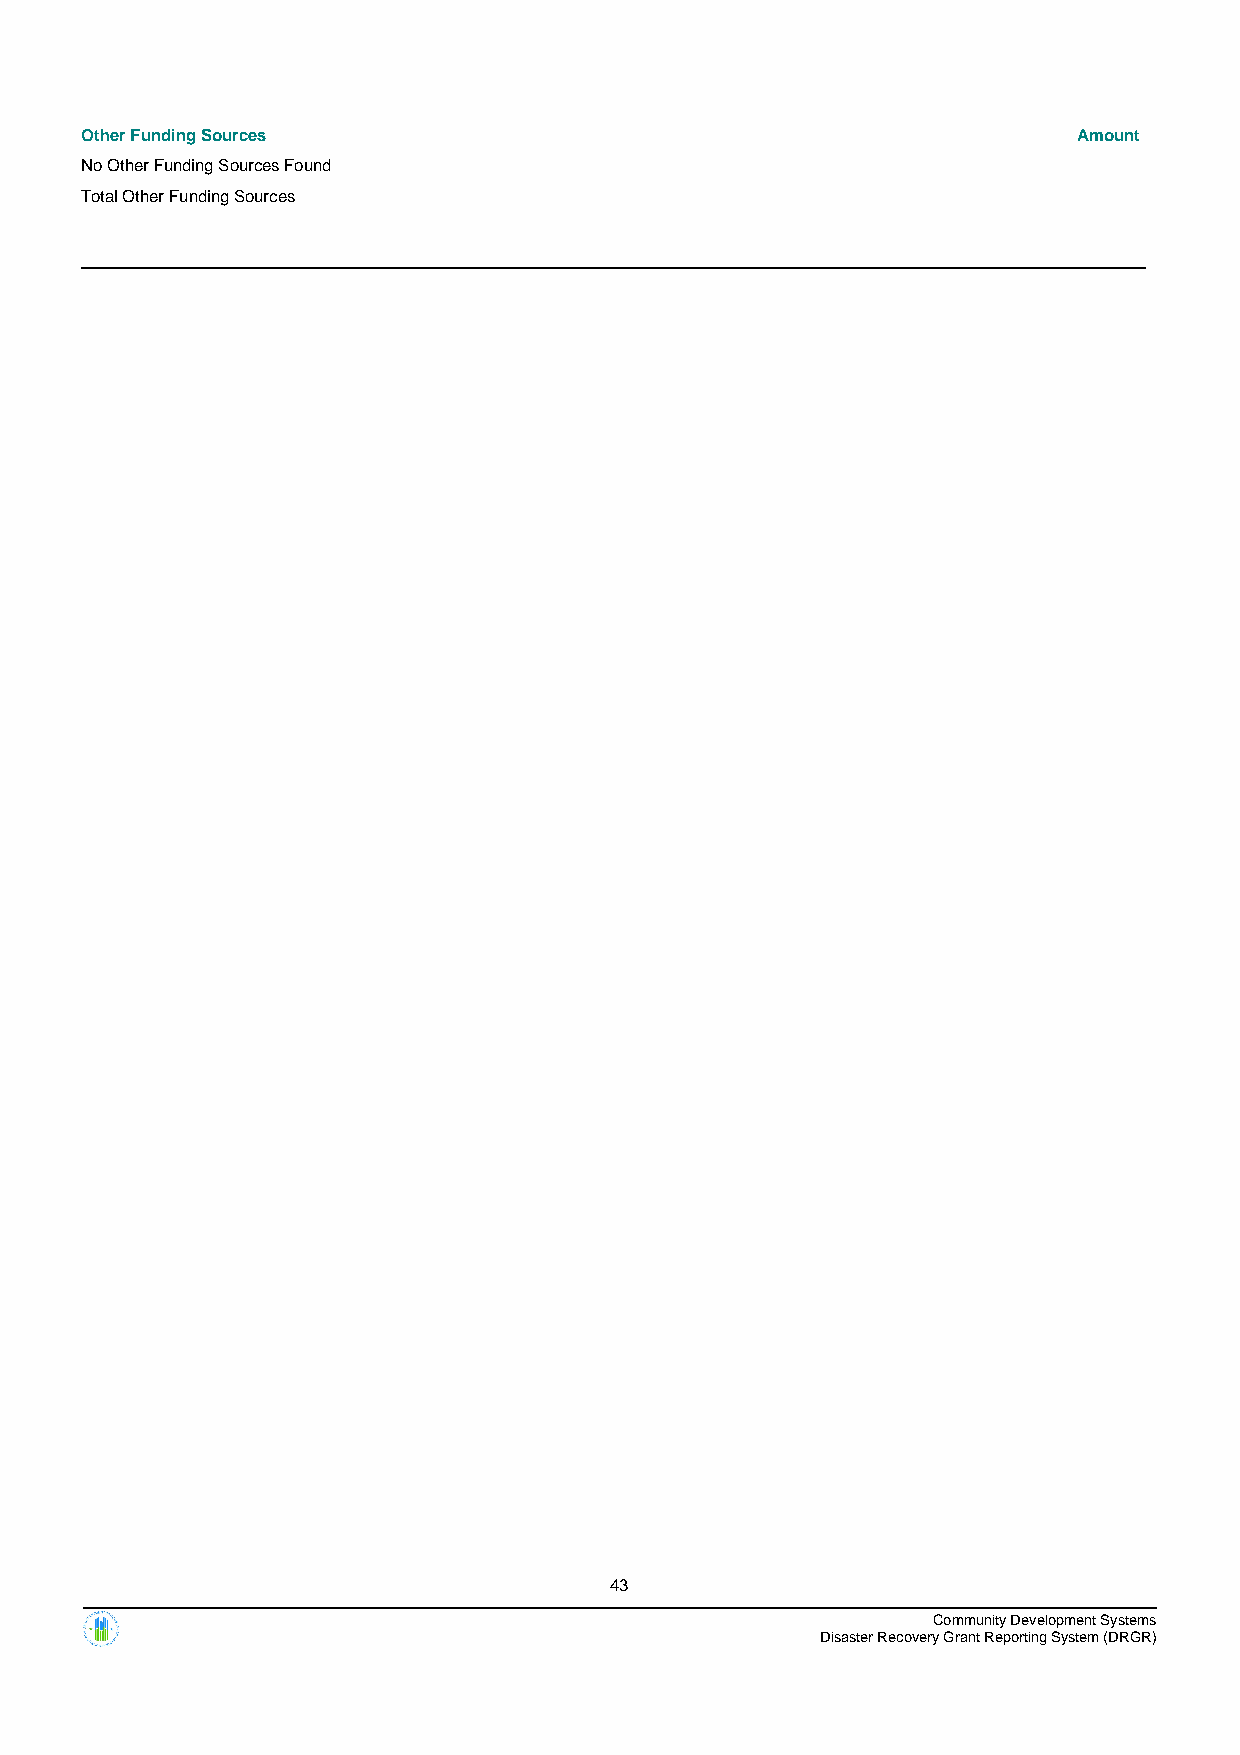
Other Funding Sources                                             Amount
 No Other Funding Sources Found
 Total Other Funding Sources
 43
 Community Development Systems
 Disaster Recovery Grant Reporting System (DRGR)